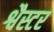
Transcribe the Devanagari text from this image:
श्वैस्टर